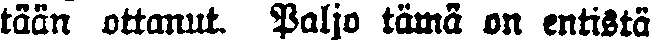
tään ottanut. Paljo tämä on entistä